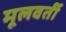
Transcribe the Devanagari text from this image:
मूलवर्ती